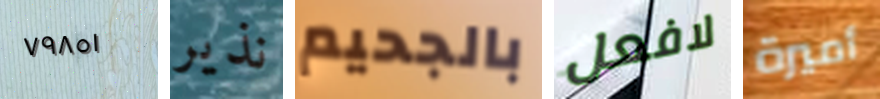
٧٩٨٥١ نذير بالجحيم لافعل أميرة